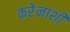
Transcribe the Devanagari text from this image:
करेेनाशी